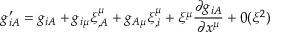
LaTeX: g _ { i A } ^ { \prime } = g _ { i A } + g _ { i \mu } \xi _ { , A } ^ { \mu } + g _ { A \mu } \xi _ { , i } ^ { \mu } + \xi ^ { \mu } \frac { \partial g _ { i A } } { \partial x ^ { \mu } } + 0 ( \xi ^ { 2 } )